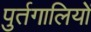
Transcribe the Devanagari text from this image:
पुर्तगालियोें